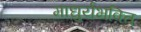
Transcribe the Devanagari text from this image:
माधुर्यभक्ति